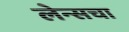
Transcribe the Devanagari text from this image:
लेन्सचा